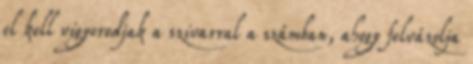
el kell vigyorodjak a szivarral a számban, ahogy felvázolja